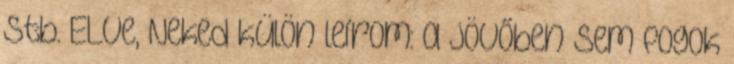
stb. ELVe, Neked külön leírom: a jövőben sem fogok